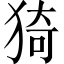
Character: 猗